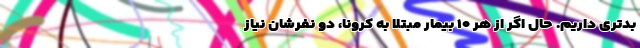
بدتری داریم. حال اگر از هر ۱۰ بیمار مبتلا به کرونا، دو نفرشان نیاز